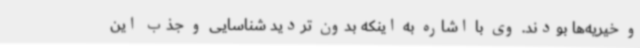
و خیریه‌ها بودند. وی با اشاره به اینکه بدون تردید شناسایی و جذب این